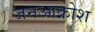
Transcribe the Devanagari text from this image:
जनआक्रोश